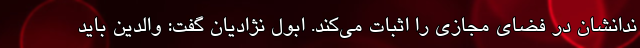
ندانشان در فضای مجازی را اثبات می‌کند. ابول نژادیان گفت: والدین باید